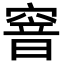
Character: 窨